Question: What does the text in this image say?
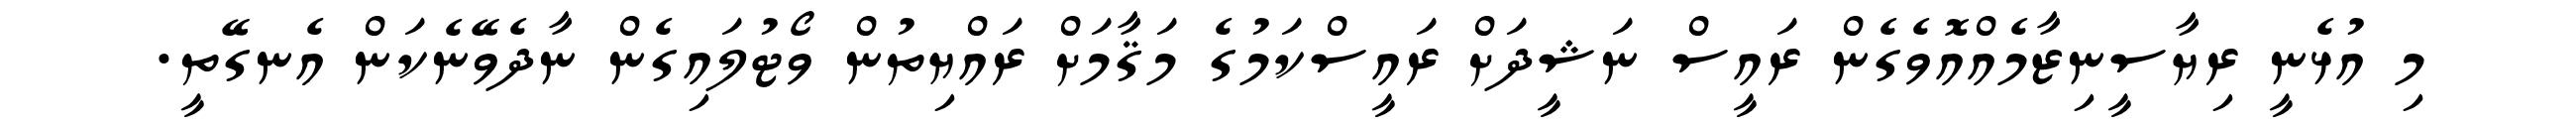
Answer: މި އުޅެނީ ރިޔާސީނިޒާމެއްއޮވެގެން ރައީސް ނަޝީދަށް ރައީސްކަމުގެ މަޤާމަށް ރައްޔިތުން ވޯޓުލައިގެން ނާދެވޭނެކަން އެނގޭތީ.